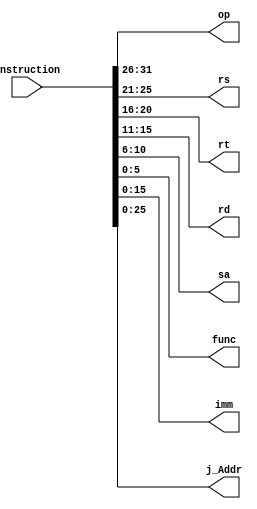
`timescale 1ns / 1ps
//////////////////////////////////////////////////////////////////////////////////
// Company: 
// Engineer: 
// 
// Design Name: 
// Module Name: Instruction_Divided
// Project Name: 
// Target Devices: 
// Tool Versions: 
// Description: 
// 
// Dependencies: 
// 
// Revision:
// Revision 0.01 - File Created
// Additional Comments:
// 
//////////////////////////////////////////////////////////////////////////////////


module Instruction_Divided(
    input [31:0] Instruction,
    output [5:0] op,
    output [4:0] rs,
    output [4:0] rt,
    output [4:0] rd,
    output [4:0] sa,
    output [5:0] func,
    output [15:0] imm,
    output [27:2] j_Addr
    );
    assign op[5:0] = Instruction[31:26];
    assign rs[4:0] = Instruction[25:21];
    assign rt[4:0] = Instruction[20:16];
    assign rd[4:0] = Instruction[15:11];
    assign sa[4:0] = Instruction[10:6];
    assign func[5:0] = Instruction[5:0];
    assign imm[15:0] = Instruction[15:0];
    assign j_Addr[27:2] = Instruction[25:0];
    
endmodule